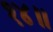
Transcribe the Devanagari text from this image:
१४॥